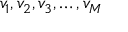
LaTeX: v _ { 1 } , v _ { 2 } , v _ { 3 } , \ldots , v _ { M }